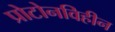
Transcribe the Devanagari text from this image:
प्रोटोनविहीन